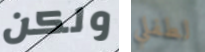
ولكن لطفلي